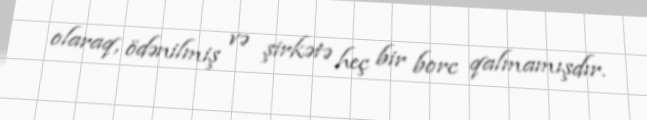
olaraq, ödənilmiş və şirkətə heç bir borc qalmamışdır.